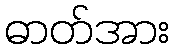
ဓာတ်အား